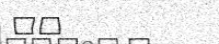
٤٤